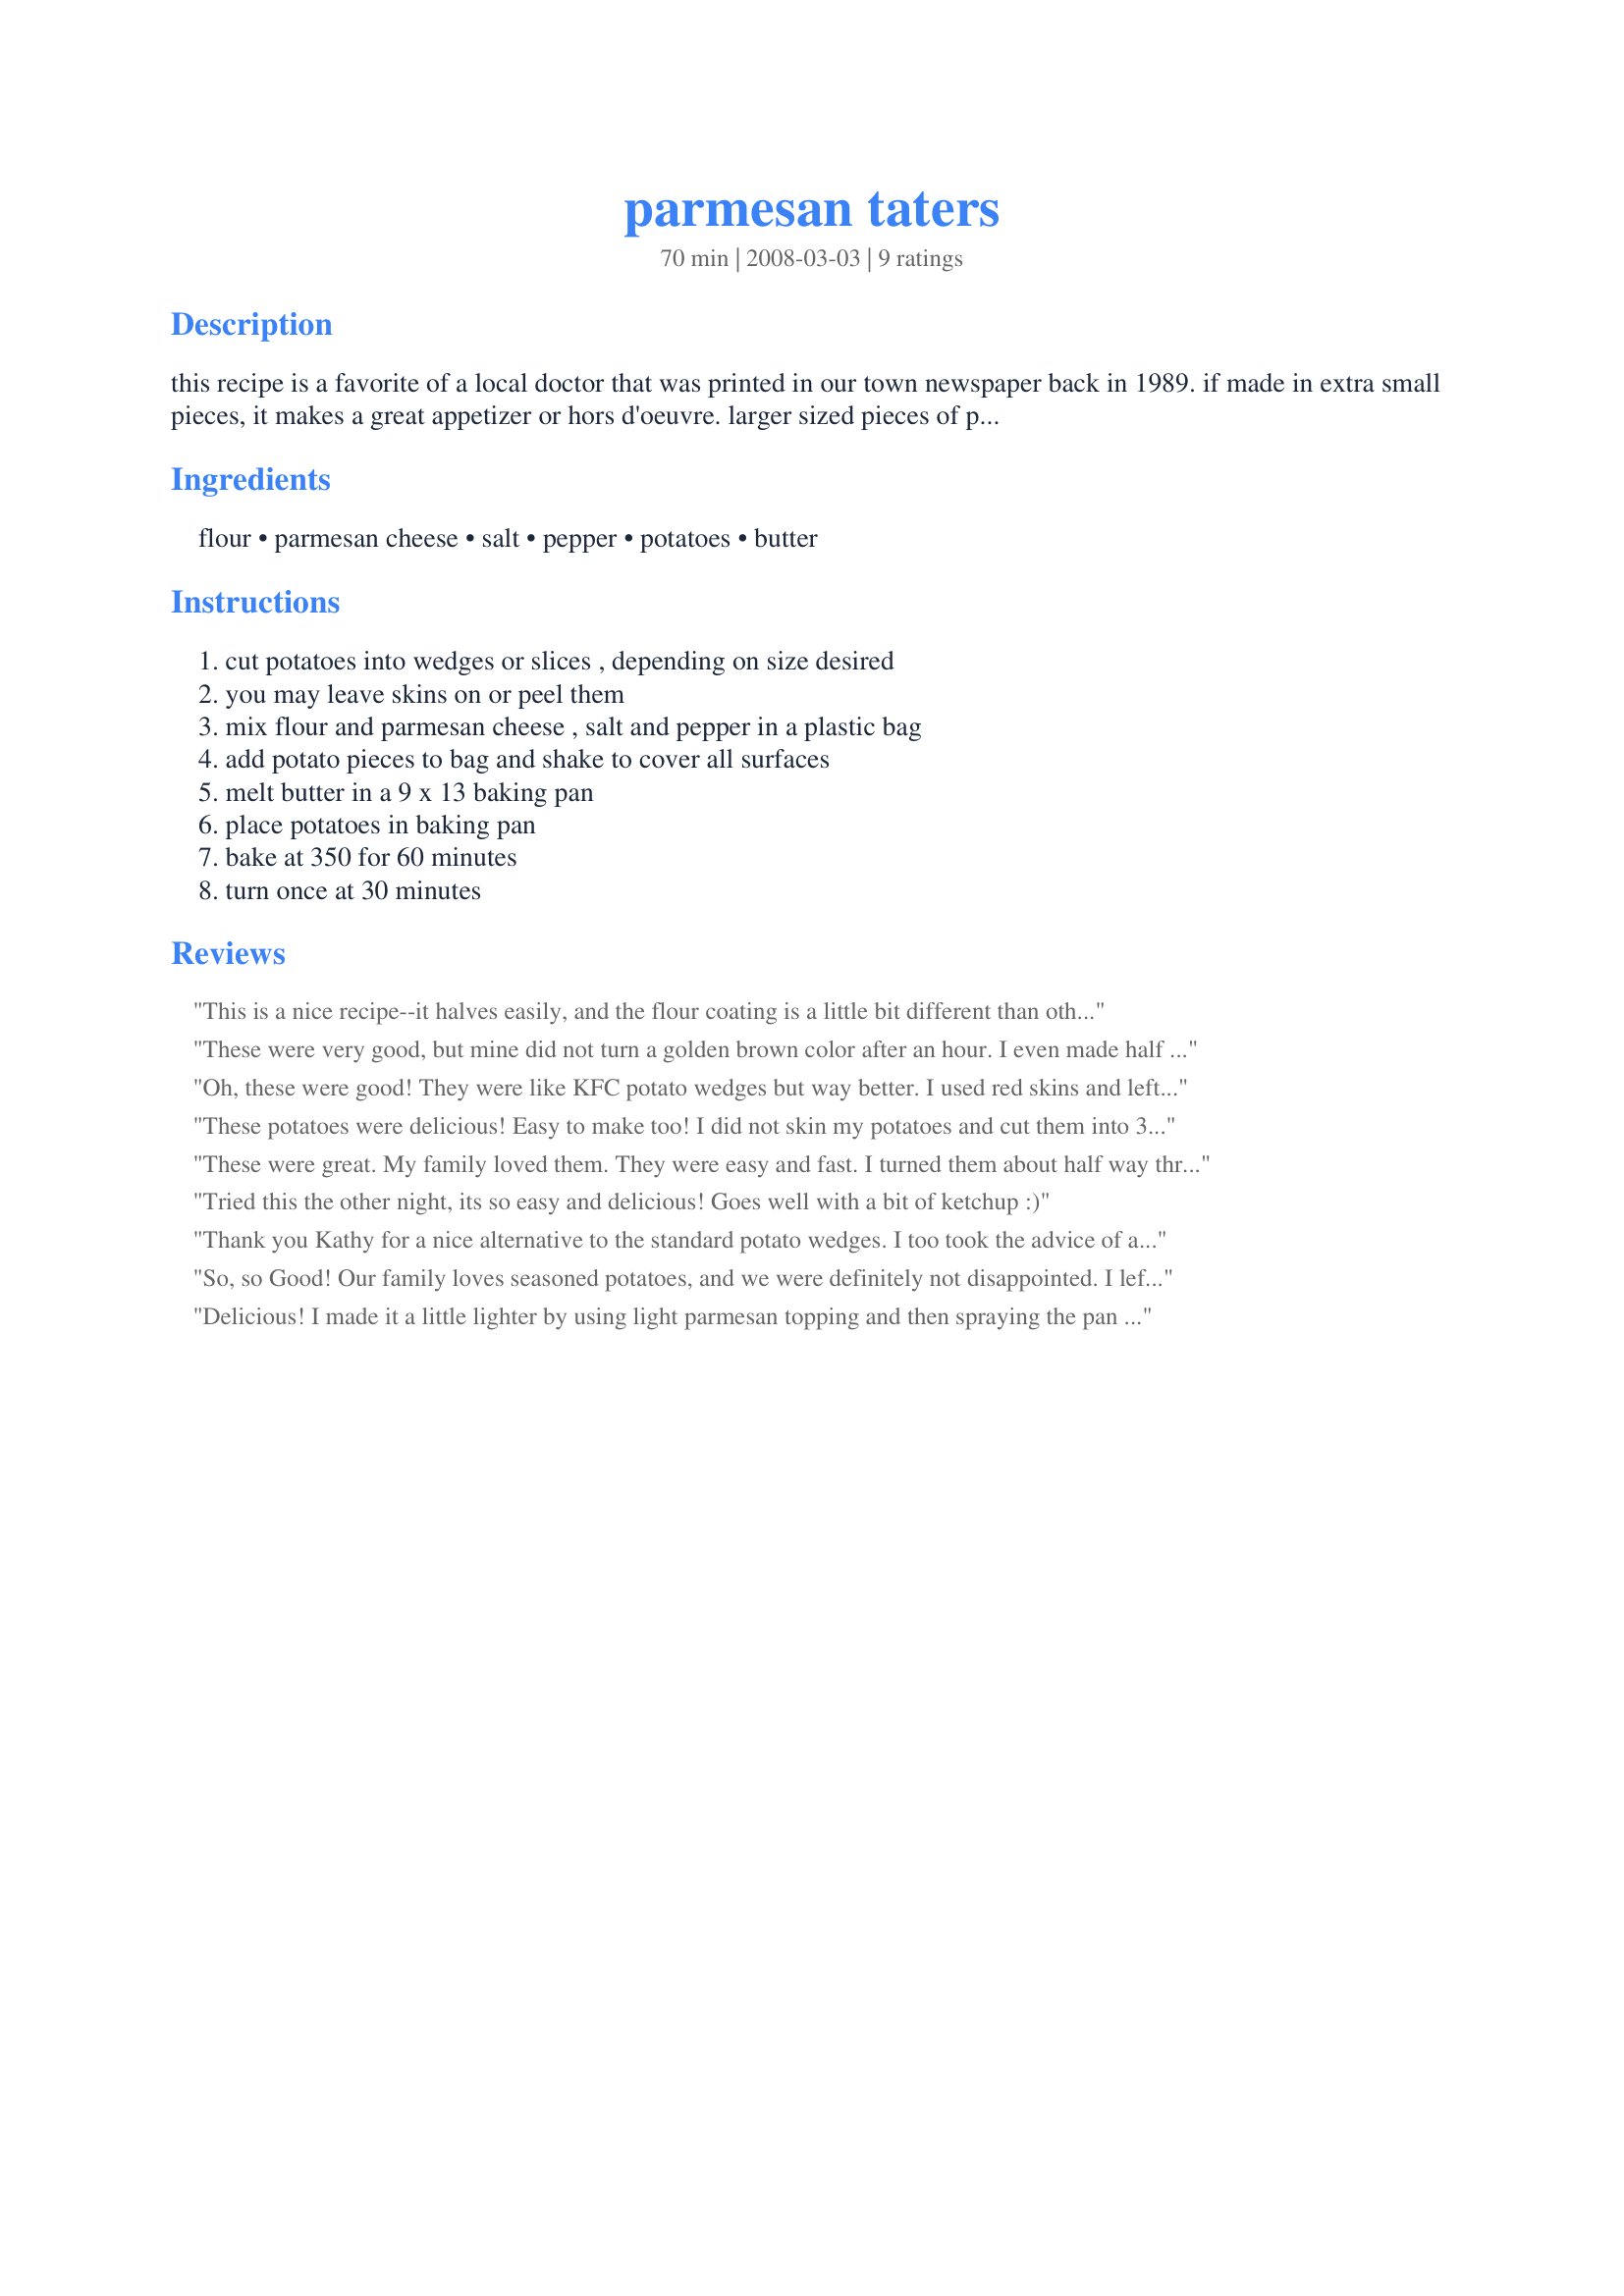
parmesan taters
Preparation time: 70 minutes

this recipe is a favorite of a local doctor that was printed in our town newspaper back in 1989. if made in extra small pieces, it makes a great appetizer or hors d'oeuvre. larger sized pieces of potato make the perfect side dish tor most any entree.

Ingredients:
flour, parmesan cheese, salt, pepper, potatoes, butter

Steps:
cut potatoes into wedges or slices , depending on size desired, you may leave skins on or peel them, mix flour and parmesan cheese , salt and pepper in a plastic bag, add potato pieces to bag and shake to cover all surfaces, melt butter in a 9 x 13 baking pan, place potatoes in baking pan, bake at 350 for 60 minutes, turn once at 30 minutes

Reviews:
This is a nice recipe--it halves easily, and the flour coating is a little bit different than other oven roasted potatoes. I used quartered baby gold potatoes with an added bit of garlic powder to the flour/parmesan mix. After an hour, they were a lovely golden brown, and tasted delicious. Thanks, DuChick, for cutting and saving newspaper recipes we all can appreciate.
These were very good, but mine did not turn a golden brown color after an hour. I even made half the amount! Not quite sure why that happened. I probably would have had to cook another 1/2 hour to get that color, but the potatoes were already soft. But otherwise, the flavor was wonderful. I also mixed in some minced garlic with the butter. Yum! Thanks for posting!
Oh, these were good! They were like KFC potato wedges but way better. I used red skins and left the skins on. I was worried about the coating sticking to the skins but there was no problem with that. I added a bunch of garlic powder to the flour mixture cause we love garlic. You could really add any spices you like and change this up all the time with stuff like cajun spice, lemon pepper... I will be making these yummy taters again! Thanks, DuChick! Made for PAC fall 2009.
These potatoes were delicious! Easy to make too! I did not skin my potatoes and cut them into 3/4" wide strips. The hour cooking time was perfect, resulting in a flavorful, not-to-crispy outside and a wonderful tender inside. Will definitely make these again - thanks for posting!
These were great. My family loved them. They were easy and fast. I turned them about half way thru. My husband cant wait until I make them again
Tried this the other night, its so easy and delicious! Goes well with a bit of ketchup :)
Thank you Kathy for a nice alternative to the standard potato wedges. I too took the advice of a previous reviewer and added a touch of garlic powder as well as some seasoning salt. The butter adds a nice crispness to the wedge and a new idea for me when broasting my potatoes. These made for a nice side to my hamburgers.~
Made for Potluck Tag~
So, so Good! Our family loves seasoned potatoes, and we were definitely not disappointed. I left the skins on, and cut each potato into 8 wedges. It took a little longer to bake, but the results were outstanding! We will be having these again! Thanks for sharing!
Delicious! I made it a little lighter by using light parmesan topping and then spraying the pan with canola oil then drizzling with butter instead. Thanks for sharing the recipe!
